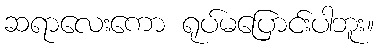
ဆရာလေးကော ရုပ်မပြောင်းပါဘူး။